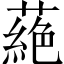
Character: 蕝